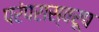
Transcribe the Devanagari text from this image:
परंपरास्वरूप